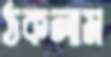
ঠকলাম